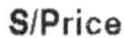
S/PRICE